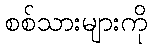
စစ်သားများကို